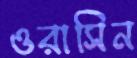
ওরাসিন